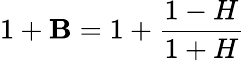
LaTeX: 1+\mathbf{B}=1+\frac{{1-H}}{{1+H}}